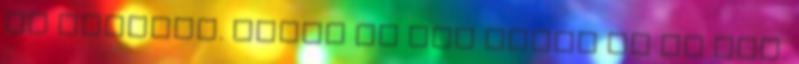
is leszünk. Hamar le fog telni ez az idő.